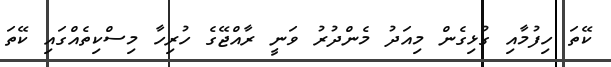
ކޭތަ ހިފުމާއި ގުޅިގެން މިއަދު މެންދުރު ވަނީ ރާއްޖޭގެ ހުރިހާ މިސްކިތެއްގައި ކޭތަ